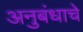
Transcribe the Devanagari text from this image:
अनुबंधाचे